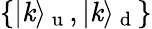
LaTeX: \{ \vert\mathit{k}\rangle_{\mathrm{{~u~}}},\vert\mathit{k}\rangle_{\mathrm{{~d~}}}\}